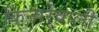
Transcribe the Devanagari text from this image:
किनारेवाली